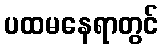
ပထမနေရာတွင်